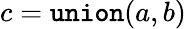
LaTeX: c={\tt union}(a,b)